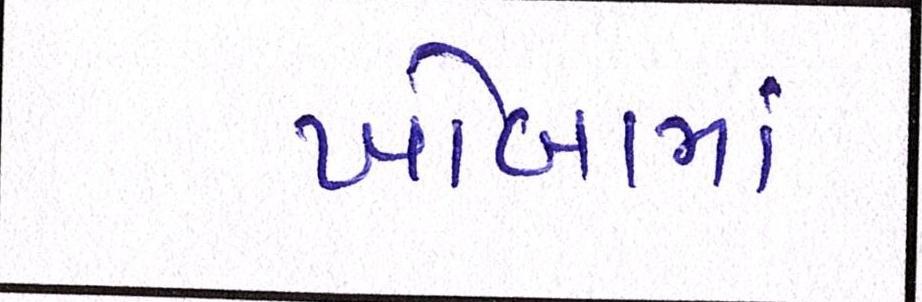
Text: ખોબામાં